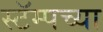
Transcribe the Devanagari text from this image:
स्टॅम्पच्या